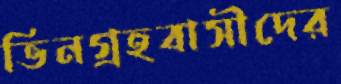
ভিনগ্রহবাসীদের